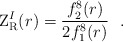
\begin{align*}{\rm Z}_{{\rm R}}^{I}(r) ={f_2^{8}(r) \over 2 f_1^{8}(r)}~~.\end{align*}